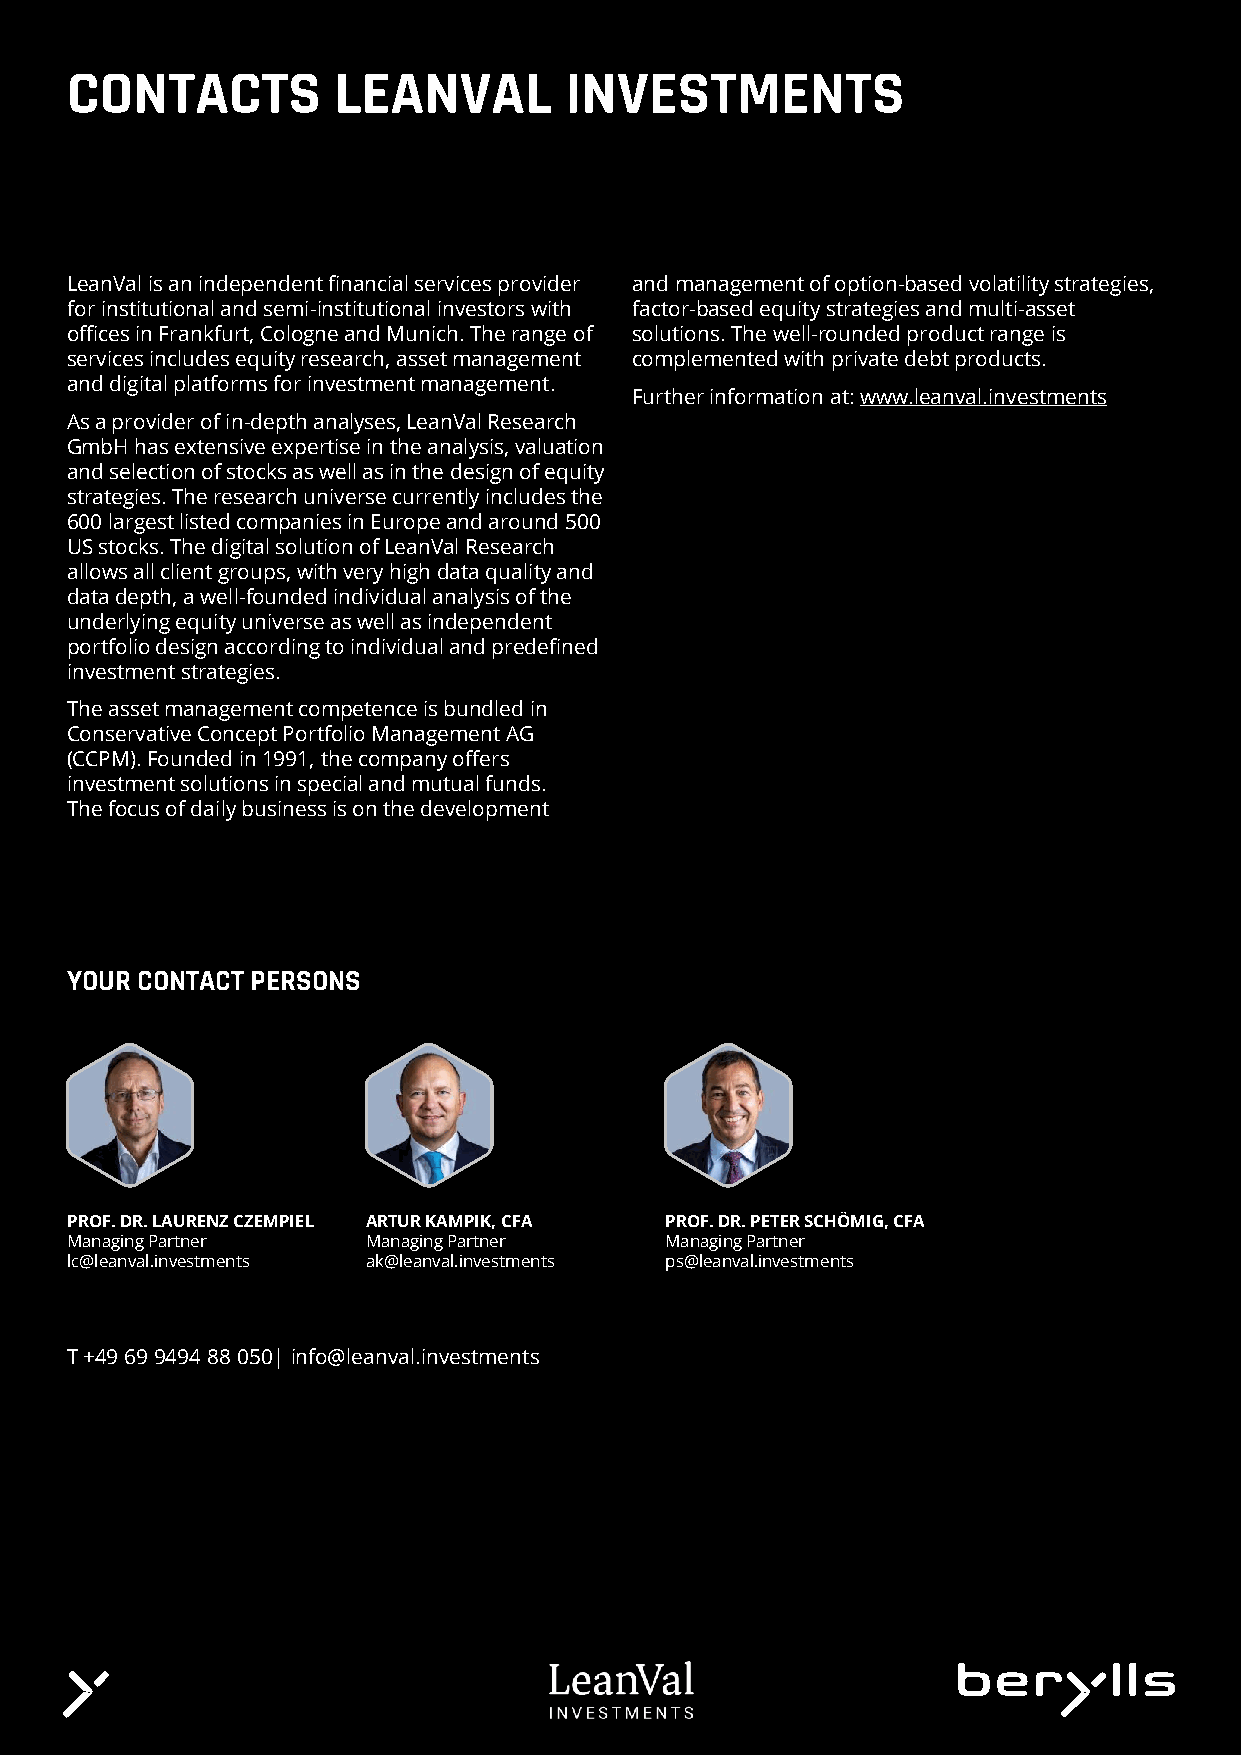
CONTACTS          LEANVAL        INVESTMENTS
 LeanVal is an independent financial services provider and management of option-based volatility strategies,
 for institutional and semi-institutional investors with factor-based equity strategies and multi-asset
 offices in Frankfurt, Cologne and Munich. The range of solutions. The well-rounded product range is
 services includes equity research, asset management complemented with private debt products.
 and digital platforms for investment management.
 Further information at: www.leanval.investments
 As a provider of in-depth analyses, LeanVal Research
 GmbH has extensive expertise in the analysis, valuation
 and selection of stocks as well as in the design of equity
 strategies. The research universe currently includes the
 600 largest listed companies in Europe and around 500
 US stocks. The digital solution of LeanVal Research
 allows all client groups, with very high data quality and
 data depth, a well-founded individual analysis of the
 underlying equity universe as well as independent
 portfolio design according to individual and predefined
 investment strategies.
 The asset management competence is bundled in
 Conservative Concept Portfolio Management AG
 (CCPM). Founded in 1991, the company offers
 investment solutions in special and mutual funds.
 The focus of daily business is on the development
 YOUR CONTACT PERSONS
 PROF. DR. LAURENZ CZEMPIEL ARTUR KAMPIK, CFA PROF. DR. PETER SCHÖMIG, CFA
 Managing Partner    Managing Partner    Managing Partner
 lc@leanval.investments ak@leanval.investments ps@leanval.investments
 T +49 69 9494 88 050| info@leanval.investments